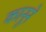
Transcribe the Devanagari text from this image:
कानूने